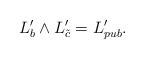
LaTeX: \begin{align*}L'_b \wedge L'_{\tilde{c}} = L'_{pub}.\end{align*}